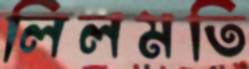
লিলমতি